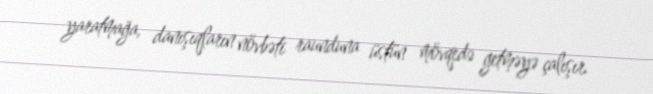
yaratmağa, danışıqların növbəti raunduna üstün mövqedə getməyə çalışır.